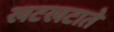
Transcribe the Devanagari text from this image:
खटखटाते